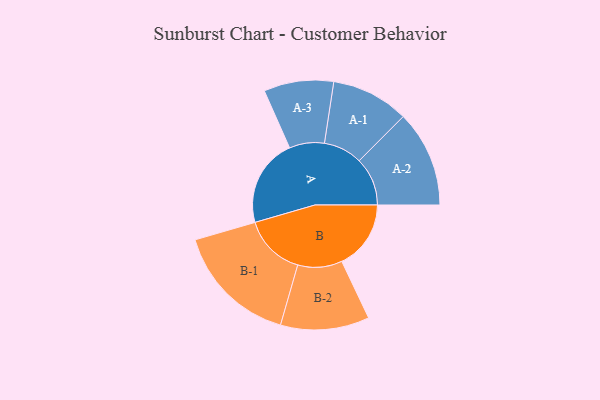
{"axis": {"x": "Segment", "y": "Value"}, "legend": ["", "A", "B"], "data": [{"x": "A", "y": 363, "type": ""}, {"x": "B", "y": 285, "type": ""}, {"x": "A-1", "y": 160, "type": "A"}, {"x": "A-2", "y": 199, "type": "A"}, {"x": "A-3", "y": 144, "type": "A"}, {"x": "B-1", "y": 255, "type": "B"}, {"x": "B-2", "y": 183, "type": "B"}]}